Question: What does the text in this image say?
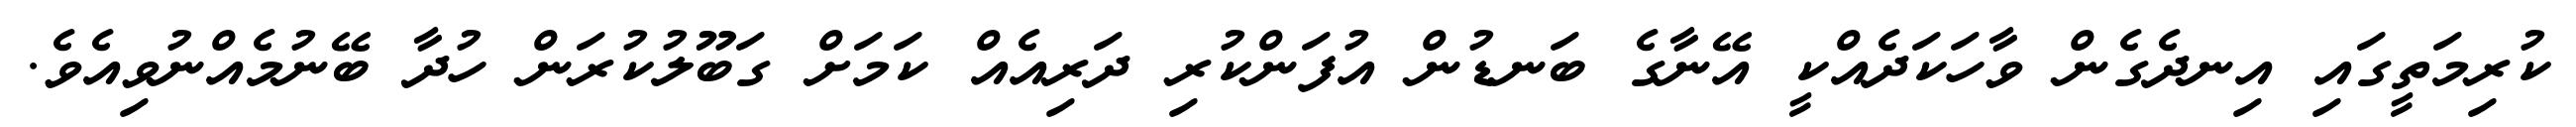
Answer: ކުރިމަތީގައި އިނދެގެން ވާހަކަދެއްކީ އޭނާގެ ބަނޑުން އުފަންކުރި ދަރިއެއް ކަމަށް ގަބޫލުކުރަން ހުދާ ބޭނުމެއްނުވިއެވެ.